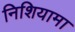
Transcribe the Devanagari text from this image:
निशियामा